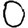
Digit: 0